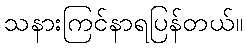
သနားကြင်နာရပြန်တယ်။